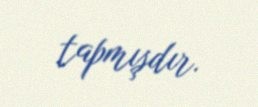
tapmışdır.